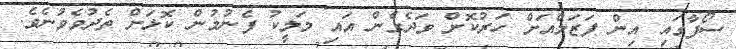
ސޯފާގައި އިން ފަޒަލްއަށް ހަރުކޮށް ވަދެގެން އައި މަލީކު ފެނުމުން ކޮޅަށް ތެދުވެވުނެވެ.